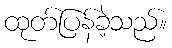
ထုတ်ပြန်ခဲ့သည်။